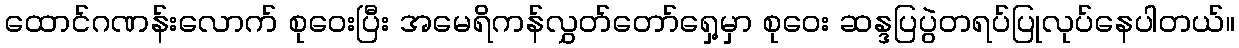
ထောင်ဂဏန်းလောက် စုဝေးပြီး အမေရိကန်လွှတ်တော်ရှေ့မှာ စုဝေး ဆန္ဒပြပွဲတရပ်ပြုလုပ်နေပါတယ်။